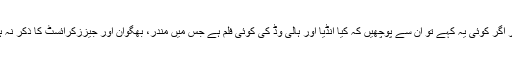
اور اگر کوئی یہ کہے تو ان سے پوچھیں کہ کیا انڈیا اور ہالی وڈ کی کوئی فلم ہے جس میں مندر، بھگوان اور جیززکرائسٹ کا ذکر نہ ہو؟